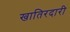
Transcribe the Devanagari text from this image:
खातिरदारी